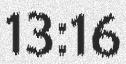
13:16